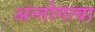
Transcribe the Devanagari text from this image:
अन्तोगत्वा